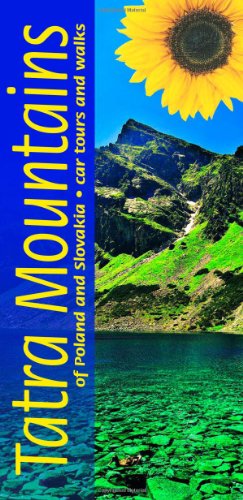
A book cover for Tatra Mountains (Poland) Landscapes Series; Sunflower Books; Travel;